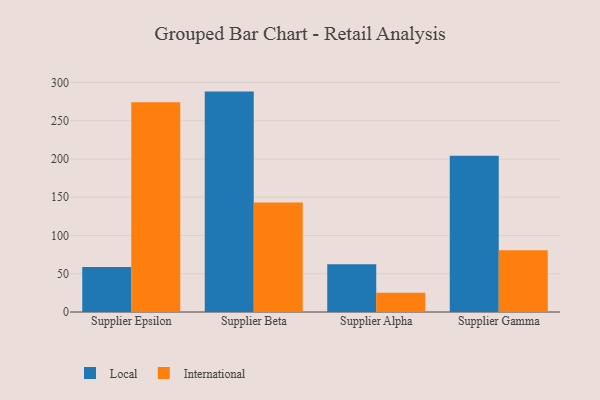
{"axis": {"x": "Supplier", "y": "Customer Acquisition Cost (USD)"}, "legend": ["International", "Local"], "data": [{"x": "Supplier Epsilon", "y": 58.7, "type": "Local"}, {"x": "Supplier Epsilon", "y": 274.0, "type": "International"}, {"x": "Supplier Beta", "y": 288.0, "type": "Local"}, {"x": "Supplier Beta", "y": 143.1, "type": "International"}, {"x": "Supplier Alpha", "y": 62.3, "type": "Local"}, {"x": "Supplier Alpha", "y": 25.2, "type": "International"}, {"x": "Supplier Gamma", "y": 204.2, "type": "Local"}, {"x": "Supplier Gamma", "y": 80.6, "type": "International"}]}